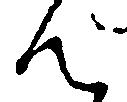
ん